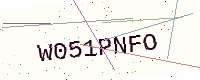
Text: W051PNFO